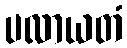
ပလာယတံ